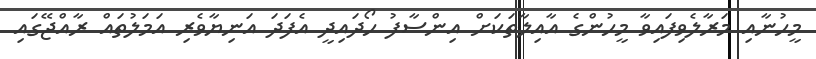
މީހުނާއި މަރާލެވިފައިވާ މީހުންގެ އާއިލާތަކަށް އިންސާފު ހޯދައިދީ އެފަދަ އަނިޔާވެރި އަމަލުތައް ރާއްޖޭގައި